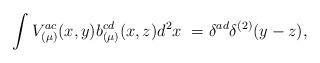
LaTeX: \begin{align*}\int V^{ac}_{(\mu)}(x,y) b^{cd}_{(\mu)}(x,z) d^2x~ = \delta^{ad}\delta^{(2)}(y-z),\end{align*}